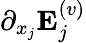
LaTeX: \partial_{x_{j}}{\mathbf E}_{j}^{(v)}